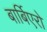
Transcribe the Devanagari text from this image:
बार्बिएरो